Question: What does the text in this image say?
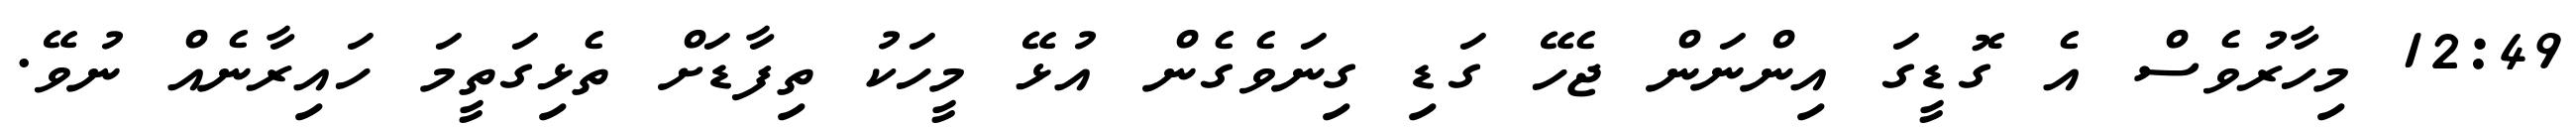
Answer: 12:49 މިހާރުވެސް އެ ގޮޑީގަ އިންނަން ޖެހޭ ގަޑި ގިނަވެގެން އުޅޭ މީހަކު ތިފާޑަށް ތެޅިގަތީމަ ހައިރާނެއް ނުވޭ.